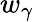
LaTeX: w_{\gamma}